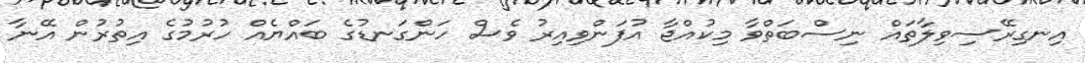
އިނގިރޭސިވިލާތައް ނިސްބަތްވާ މިކުއްޖާ އުފަންވިއިރު ވެސް ހަންގަނޑުގެ ބައްޔެއް ހުރުމުގެ އިތުރުން އޭނާ